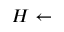
H \gets